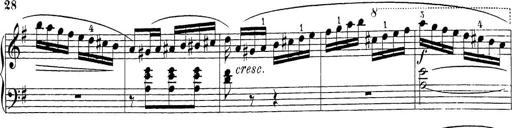
Title: Sonatina Album
Composer: Louis KÃ¶hler